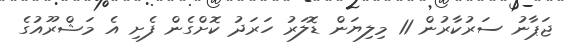
ޖަޕާނު ސަރުކާރުން 11 މިލިޔަން ޑޮލަރު ހަރަދު ކޮށްގެން ފެށި އެ މަޝްރޫއުގެ